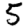
Digit: 5